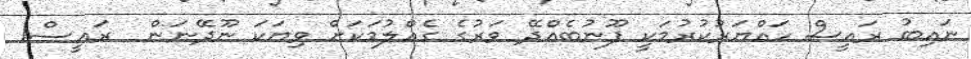
ނައިބު ރައީސް ހައްޔަރުކުރުމަކީ ފޫނުބެއްދޭ ވަރުގެ ގެއްލުމަކަށް ވިޔަކަ ނޫދޭނަން  ރައީސް1